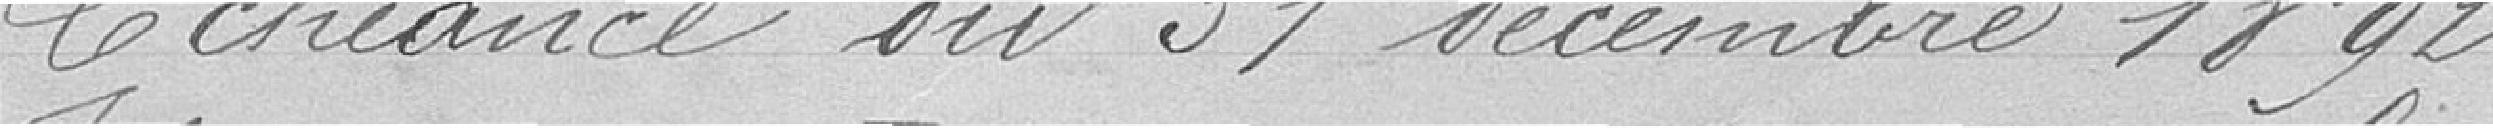
Échéance du 31 décembre 1892